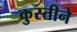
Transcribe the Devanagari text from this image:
कुस्तीने